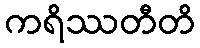
ကရိဿတီတိ